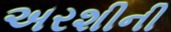
અરશીની